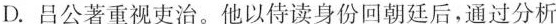
D.吕公著重视吏治。他以侍读身份回朝廷后，通过分析